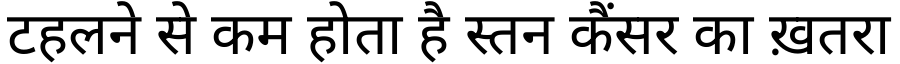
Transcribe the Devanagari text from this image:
टहलने से कम होता है स्तन कैंसर का ख़तरा